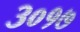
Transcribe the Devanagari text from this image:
३०१७